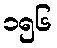
၁၅၆